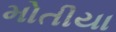
મોતીયા